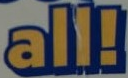
all!